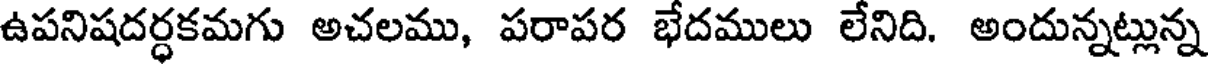
ఉపనిషదర్ధకమగు అచలము, పరాపర భేదములు లేనిది. అందున్నట్లున్న